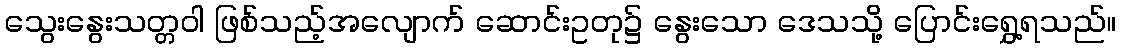
သွေးနွေးသတ္တဝါ ဖြစ်သည့်အလျောက် ဆောင်းဥတု၌ နွေးသော ဒေသသို့ ပြောင်းရွှေ့ရသည်။